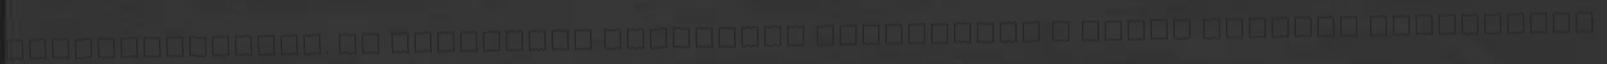
valamelyikében. Az üzemekben kialakult szokásokat a helyi vezetők egyénisége